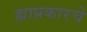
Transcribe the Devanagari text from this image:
ह्याप्रकारचे